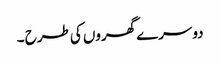
دوسرے گھروں کی طرح ۔